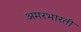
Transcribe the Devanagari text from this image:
अमरभारती